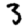
Digit: 3